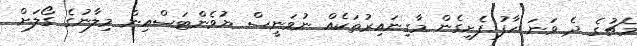
މެޗުގެ ދެ ވަނަ ހާފު ފެށިގެން މާގިނައިރުތަކެއް ނުވަނީސް ޔުވެންޓަސްއިން މިލާނުގެ ގޯލަށް